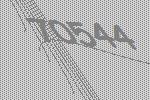
70544